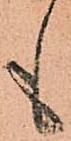
も